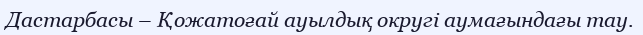
Дастарбасы – Қожатоғай ауылдық округі аумағындағы тау.